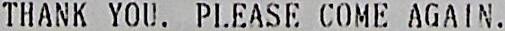
THANK YOU. PLEASE COME AGAIN.